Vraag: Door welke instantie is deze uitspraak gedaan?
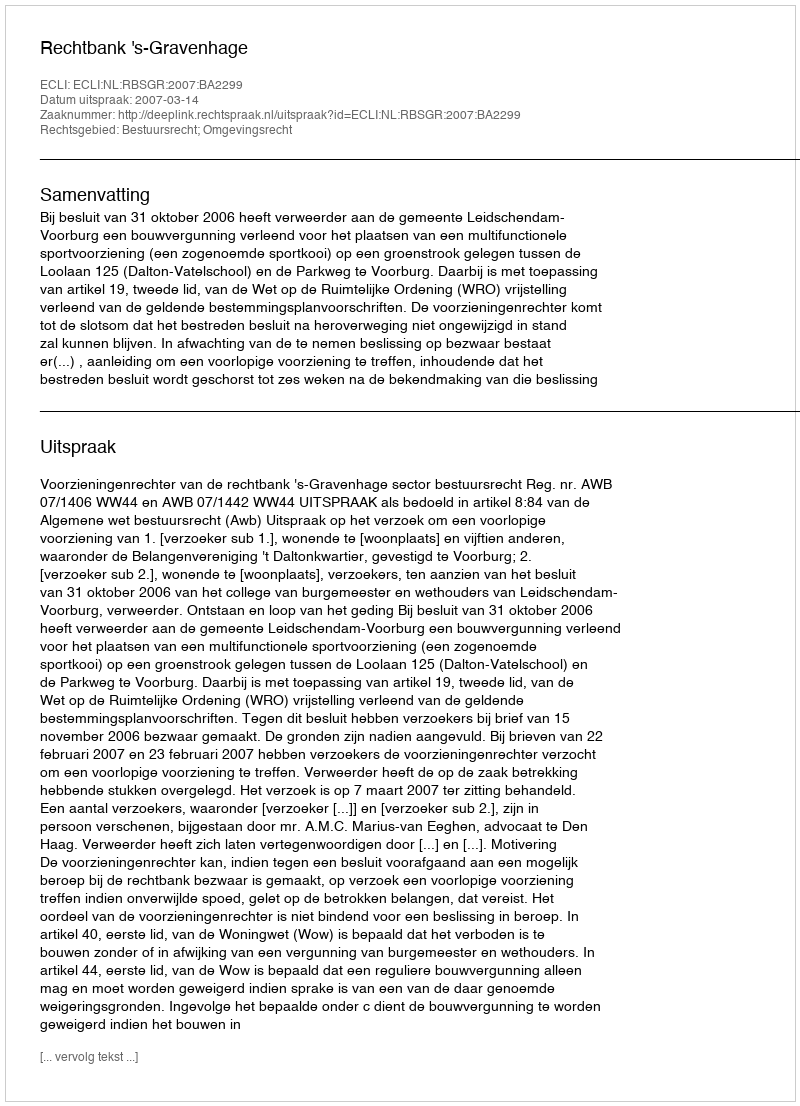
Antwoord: Rechtbank 's-Gravenhage